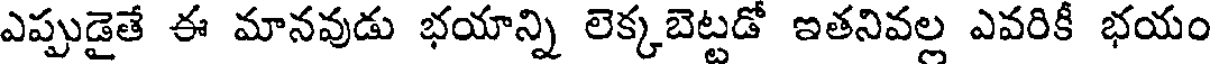
ఎప్పుడైతే ఈ మానవుడు భయాన్ని లెక్కబెట్టడో ఇతనివల్ల ఎవరికీ భయం